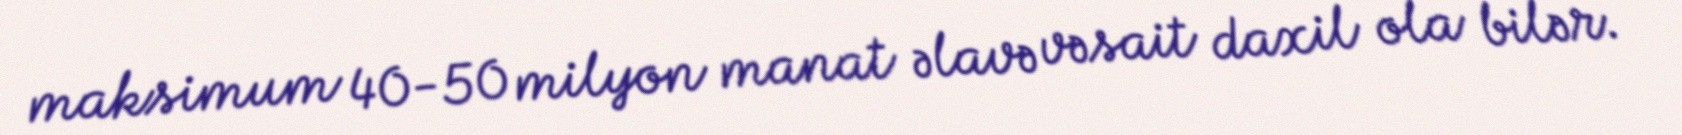
maksimum 40-50 milyon manat əlavə vəsait daxil ola bilər.